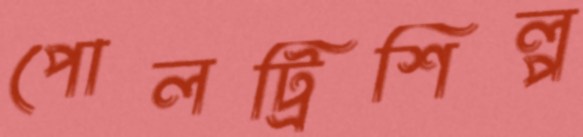
পোলট্রিশিল্প